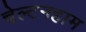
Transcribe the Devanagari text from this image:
चेल्टनहाम